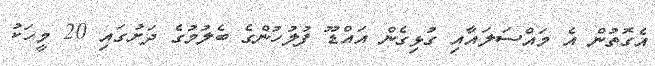
އެގޮތުން އެ މައްސަލައާއި ގުޅިގެން އައްޑޫ ފުލުހުންގެ ބެލުމުގެ ދަށުގައި 20 މީހަކު